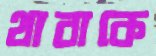
থাবাকে